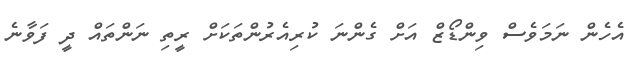
އެހެން ނަމަވެސް ވިންޑޯޒް އަށް ގެންނަ ކުރިއެރުންތަކަށް ރީތި ނަންތައް ދީ ފަވާނެ